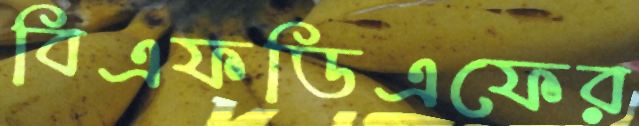
বিএফডিএফের